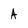
Character: A